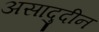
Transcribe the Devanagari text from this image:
असादुदीन